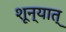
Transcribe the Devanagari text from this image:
शून्यात्